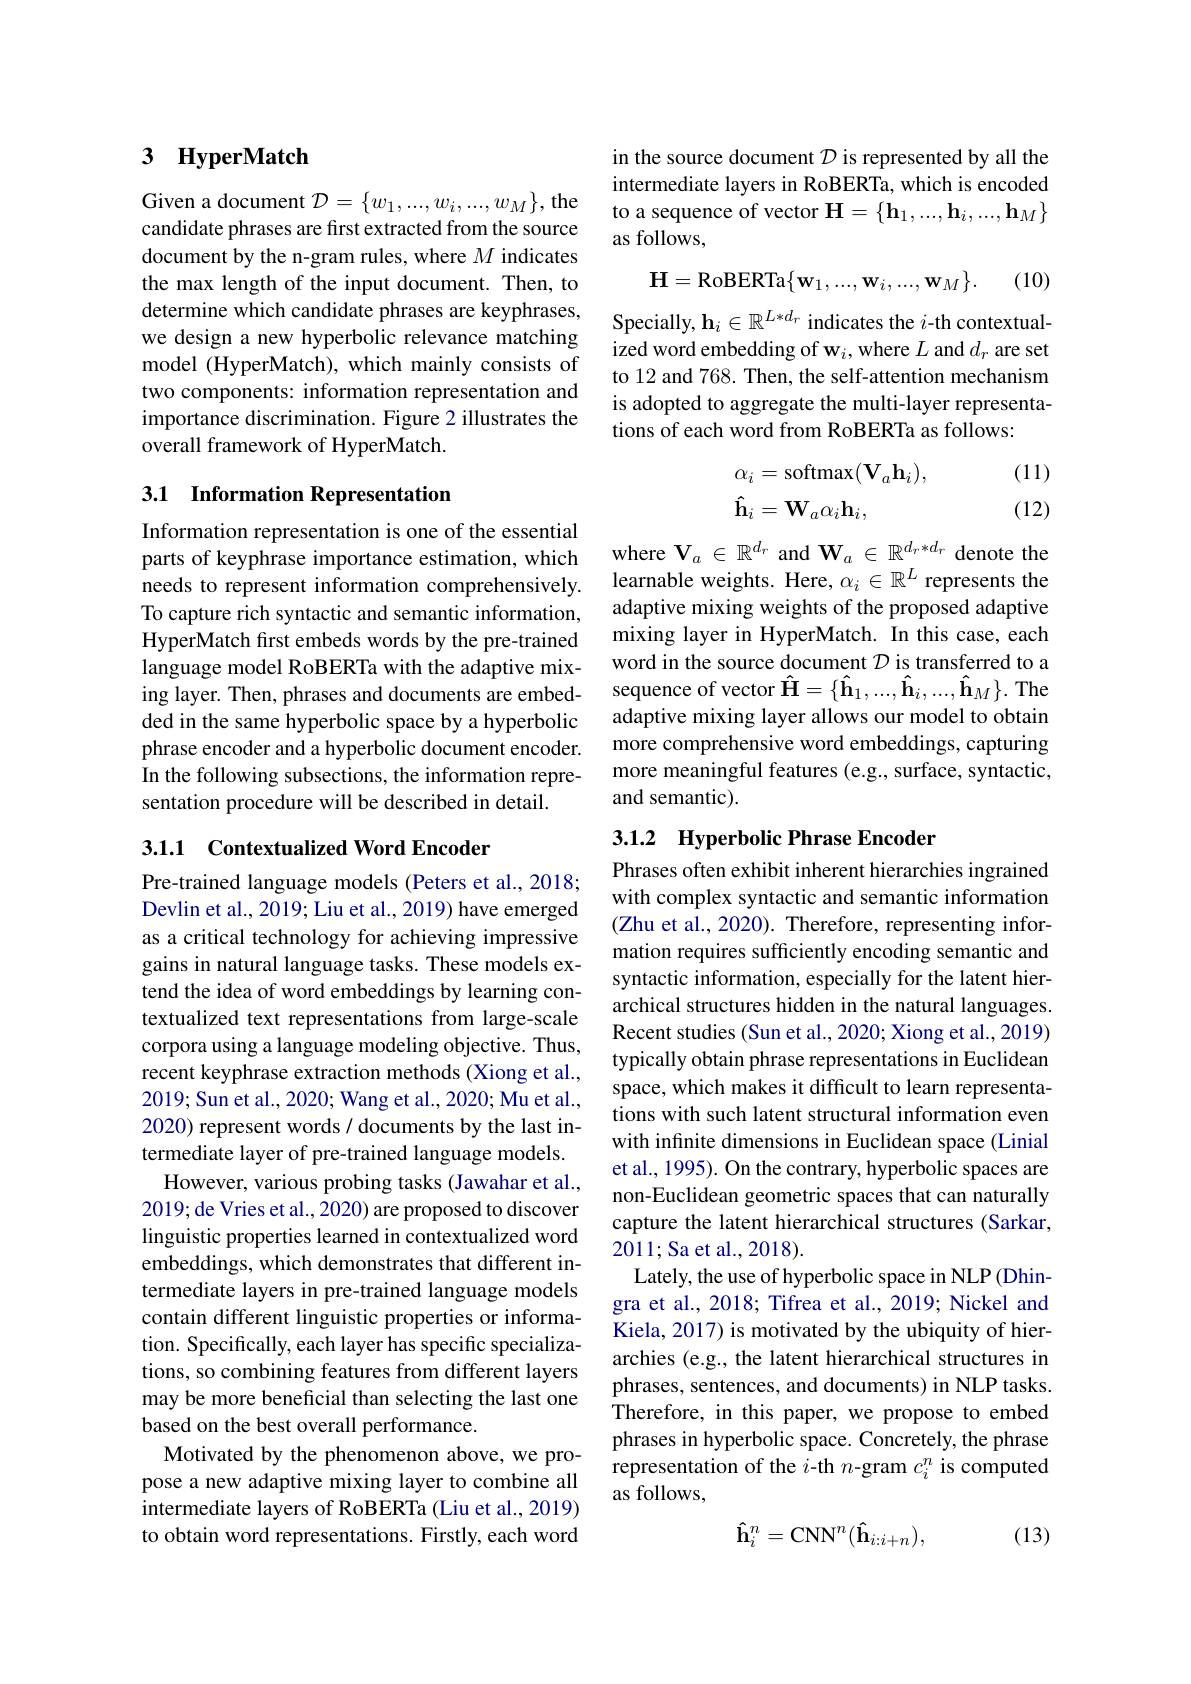
### 3 $\textbf{HyperMatch}$

Given a document $\mathcal{D}=\{w_1,...,w_i,...,w_M\}$,the candidate phrases are first extracted from the source document by the n-gram rules, where $M$ indicates the max length of the input document. Then, to determine which candidate phrases are keyphrases, we design a new hyperbolic relevance matching model (HyperMatch), which mainly consists of two components: information representation and importance discrimination. Figure 2 illustrates the overall framework of HyperMatch.

### 3.1 Information Representation

Information representation is one of the essential parts of keyphrase importance estimation, which needs to represent information comprehensively. To capture rich syntactic and semantic information, HyperMatch first embeds words by the pre-trained language model RoBERTa with the adaptive mixing layer. Then, phrases and documents are embedded in the same hyperbolic space by a hyperbolic phrase encoder and a hyperbolic document encoder. In the following subsections, the information representation procedure will be described in detail.

3.1.1 Contextualized Word Encoder

Pre-trained language models (Peters et al., 2018; Devlin et al., 2019; Liu et al., 2019) have emerged as a critical technology for achieving impressive gains in natural language tasks. These models extend the idea of word embeddings by learning contextualized text representations from large-scale corpora using a language modeling objective. Thus, recent keyphrase extraction methods (Xiong et al., 2019; Sun et al., 2020; Wang et al., 2020; Mu et al., 2020) represent words / documents by the last intermediate layer of pre-trained language models.
However, various probing tasks (Jawahar et al., 2019; de Vries et al., 2020) are proposed to discover linguistic properties learned in contextualized word embeddings, which demonstrates that different intermediate layers in pre-trained language models contain different linguistic properties or information. Specifically, each layer has specific specializations, so combining features from different layers may be more beneficial than selecting the last one based on the best overall performance.
Motivated by the phenomenon above, we propose a new adaptive mixing layer to combine all intermediate layers of RoBERTa (Liu et al., 2019) to obtain word representations. Firstly, each word

in the source document $\mathcal{D}$ is represented by all the intermediate layers in RoBERTa, which is encoded to a sequence of vector $\mathbf{H}=\{\mathbf{h}_1,...,\mathbf{h}_i,...,\mathbf{h}_M\}$ as follows,

(10)
$$\mathbf{H}=\text{RoBERTa}\{\mathbf{w}_1,...,\mathbf{w}_i,...,\mathbf{w}_M\}.$$
Specially, $\mathbf{h}_i\in\mathbb{R}^{L*d_r}$ indicates the $i$-th contextualized word embedding of w$_i$,where $L$ and $d_r$ are set to 12 and 768. Then, the self-attention mechanism is adopted to aggregate the multi-layer representations of each word from RoBERTa as follows:

(11)
$$\begin{aligned}&\alpha_{i}=\mathrm{softmax}(\mathbf{V}_{a}\mathbf{h}_{i}),\\&\mathbf{\hat{h}}_{i}=\mathbf{W}_{a}\alpha_{i}\mathbf{h}_{i},\end{aligned}$$
(12)

where $\mathbf{V}_a\in\mathbb{R}^{d_r}$ and $\mathbf{W}_a\in\mathbb{R}_{I}^{d_r*d_r}$ denote the learnable weights. Here, $\alpha_i\in\mathbb{R}^L$ represents the adaptive mixing weights of the proposed adaptive mixing layer in HyperMatch. In this case, each word in the source document $\mathcal{D}$ is transferred to a sequence of vector $\hat{\mathbf{H}}=\{\hat{\mathbf{h}}_1,...,\hat{\mathbf{h}}_i,...,\hat{\mathbf{h}}_M\}.$ The adaptive mixing layer allows our model to obtain more comprehensive word embeddings, capturing more meaningful features (e.g., surface, syntactic, and semantic).

### 3.1.2 Hyperbolic Phrase Encoder

Phrases often exhibit inherent hierarchies ingrained with complex syntactic and semantic information (Zhu et al., 2020). Therefore, representing information requires sufficiently encoding semantic and syntactic information, especially for the latent hierarchical structures hidden in the natural languages. Recent studies (Sun et al., 2020; Xiong et al., 2019) typically obtain phrase representations in Euclidean space, which makes it difficult to learn representations with such latent structural information even with infinite dimensions in Euclidean space (Linial et al., 1995). On the contrary, hyperbolic spaces are non-Euclidean geometric spaces that can naturally capture the latent hierarchical structures (Sarkar, 2011;Sa et al., 2018).
Lately, the use of hyperbolic space in NLP (Dhingra et al., 2018; Tifrea et al., 2019; Nickel and Kiela, 2017) is motivated by the ubiquity of hierarchies (e.g., the latent hierarchical structures in phrases, sentences, and documents) in NLP tasks. Therefore, in this paper, we propose to embed phrases in hyperbolic space. Concretely, the phrase representation of the $i$-th $n$-gram $c_i^n$ is computed as follows,
$$\mathbf{\hat{h}}_i^n=\mathrm{CNN}^n(\mathbf{\hat{h}}_{i:i+n}),$$
(13)